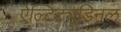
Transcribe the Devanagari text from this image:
ऐल्टिट्यूडिनल